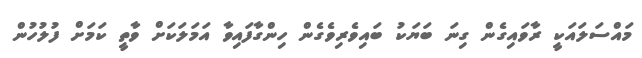
މައްސަލައަކީ ރާވައިގެން ގިނަ ބަޔަކު ބައިވެެރިވެގެން ހިންގާފައިވާ އަމަލަކަށް ވާތީ ކަމަށް ފުލުހުން